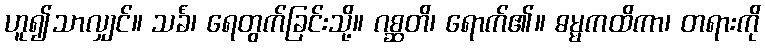
ဟူ၍သာလျှင်။ သင်္ခံ၊ ရေတွက်ခြင်းသို့။ ဂစ္ဆတိ၊ ရောက်၏။ ဓမ္မကထိကာ၊ တရားကို